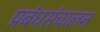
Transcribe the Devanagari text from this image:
प्रबंधसंचालन